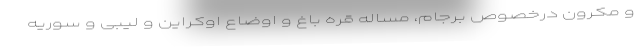
و مکرون درخصوص برجام، مساله قره باغ و اوضاع اوکراین و لیبی و سوریه